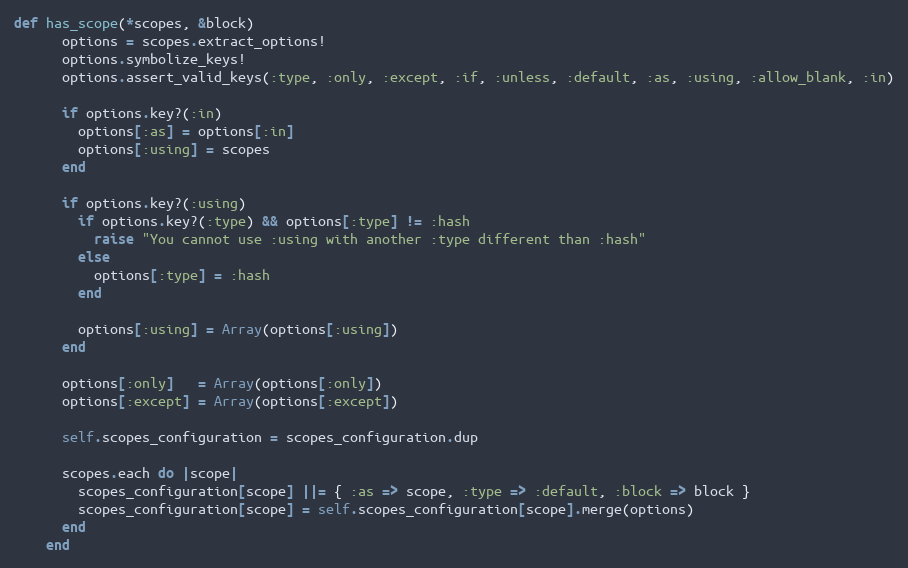
Language: Ruby
def has_scope(*scopes, &block)
      options = scopes.extract_options!
      options.symbolize_keys!
      options.assert_valid_keys(:type, :only, :except, :if, :unless, :default, :as, :using, :allow_blank, :in)

      if options.key?(:in)
        options[:as] = options[:in]
        options[:using] = scopes
      end

      if options.key?(:using)
        if options.key?(:type) && options[:type] != :hash
          raise "You cannot use :using with another :type different than :hash"
        else
          options[:type] = :hash
        end

        options[:using] = Array(options[:using])
      end

      options[:only]   = Array(options[:only])
      options[:except] = Array(options[:except])

      self.scopes_configuration = scopes_configuration.dup

      scopes.each do |scope|
        scopes_configuration[scope] ||= { :as => scope, :type => :default, :block => block }
        scopes_configuration[scope] = self.scopes_configuration[scope].merge(options)
      end
    end